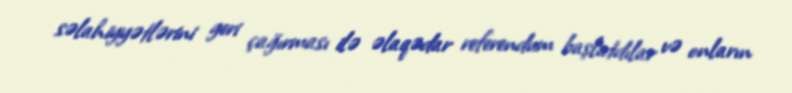
səlahiyyətlərini geri çağırması ilə əlaqədar referendum başlatdılar və onların